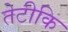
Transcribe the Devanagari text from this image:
तेटीकि